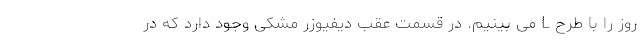
روز را با طرح L می بینیم. در قسمت عقب دیفیوزر مشکی وجود دارد که در